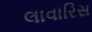
લાવારિસ